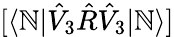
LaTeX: [\langle\mathbb{N}|\hat{{V}}_{3}\hat{{R}}\hat{{V}}_{3}|\mathbb{N}\rangle]